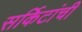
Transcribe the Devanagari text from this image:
सर्किटांची